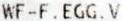
WF-F .EGG. V